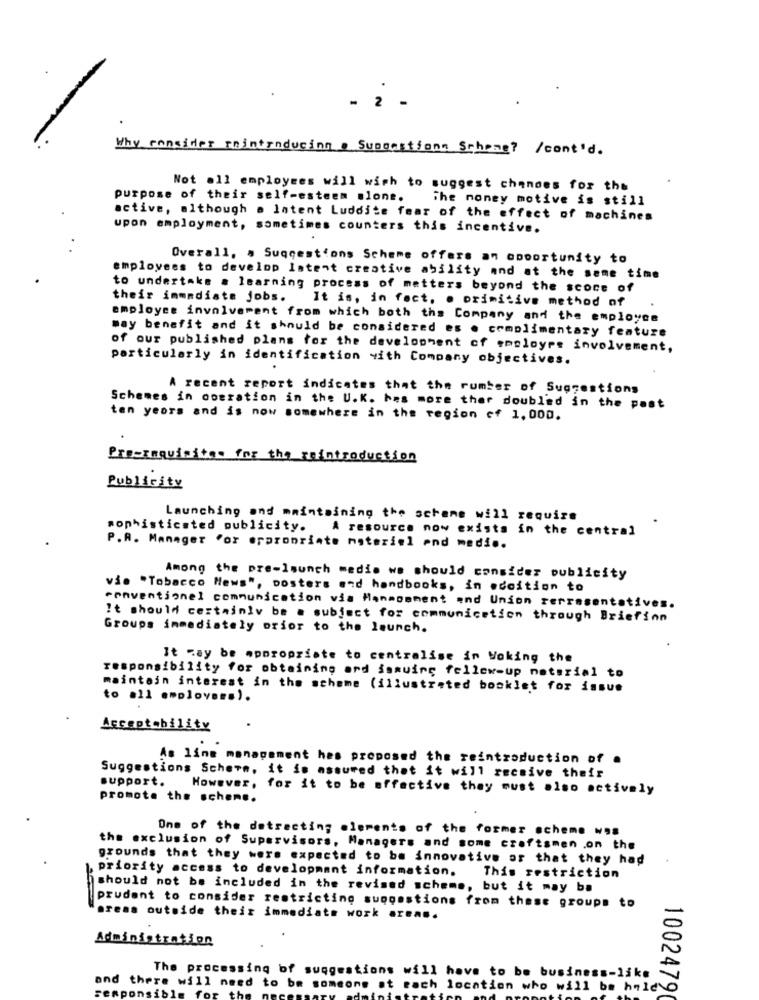
- 2
Why consider raintroducing a Suscastions Schone? /cont'd.
Not all employees will wish to suggest changes for the
purpose of their self-esteem alone.
The money motive is still
active, although a latent Luddite fear of the effect of machines
upon employment, sometimes counters this incentive.
Overall, a Suggestions Scheme offers an opportunity to
employees to develop Istent creative ability and at the same time
to undertake . learning process of matters beyond the score of
their immediate jobs. It is, in fect. . primitive method of
employee involvement from which both the Company and the employee
may benefit and it should be considered es o complimentary feature
of our published plans for the development of employee involvement,
particularly in identification vith Company objectives.
.
A recent report indicates that the number of Suggestions
Schemes in operation in the U.K. has more ther doubled in the past
ten yeors and is now somewhere in the region cf 1,000.
Pre-requisites for the meintroduction
Publicity
Launching and maintaining the scheme will require
sophisticated publicity. A resource now exists in the central
P.A. Manager Por eraronrinte materiel end medi ..
Among the pre-launch medis we should consider publicity
vie "Tobacco News", posters and handbooks, in .coition to
conventionel communication via Manmomment and Union representatives.
It should certainly be a subject for communication through Briefinn
Groups immediately prior to the launch.
It May be appropriate to centralise in Woking the
responsibility for obtaining ard issuing fellcw-up material to
maintain interest in the scheme (illustrated booklet for issue
to all employees).
Acceptability
As line management hes proposed the reintroduction of .
Suggestions Scherm, it is assured that it will receive their
support. However, for it to be effective they must also actively
promote the scheme.
One of the detracting elements of the former scheme wos
the exclusion of Supervisors, Managers and some craftsmen .on the
grounds that they were expected to be innovative or that they had
priority access to developmant information.
This restriction
should not be included in the revised scheme, but it may ba
prudent to consider restricting suggestions from these groups to
areas outside their immediate work areas.
Administration
The processing of suggestions will have to be business-like
and there will need to be somcons at each location who will be held\O
1002479(